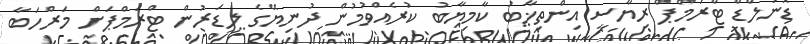
ޑޮނަލްޑް ޓްރަމްޕް ރިޔާސީ އިންތިޚާބު ކާމިޔާބު ކުރެއްވުމުން ދުނިޔޭގެ ލީޑަރުން ޓްރަމްޕަށް މަރްހަބާ